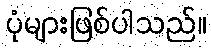
ပုံများဖြစ်ပါသည်။